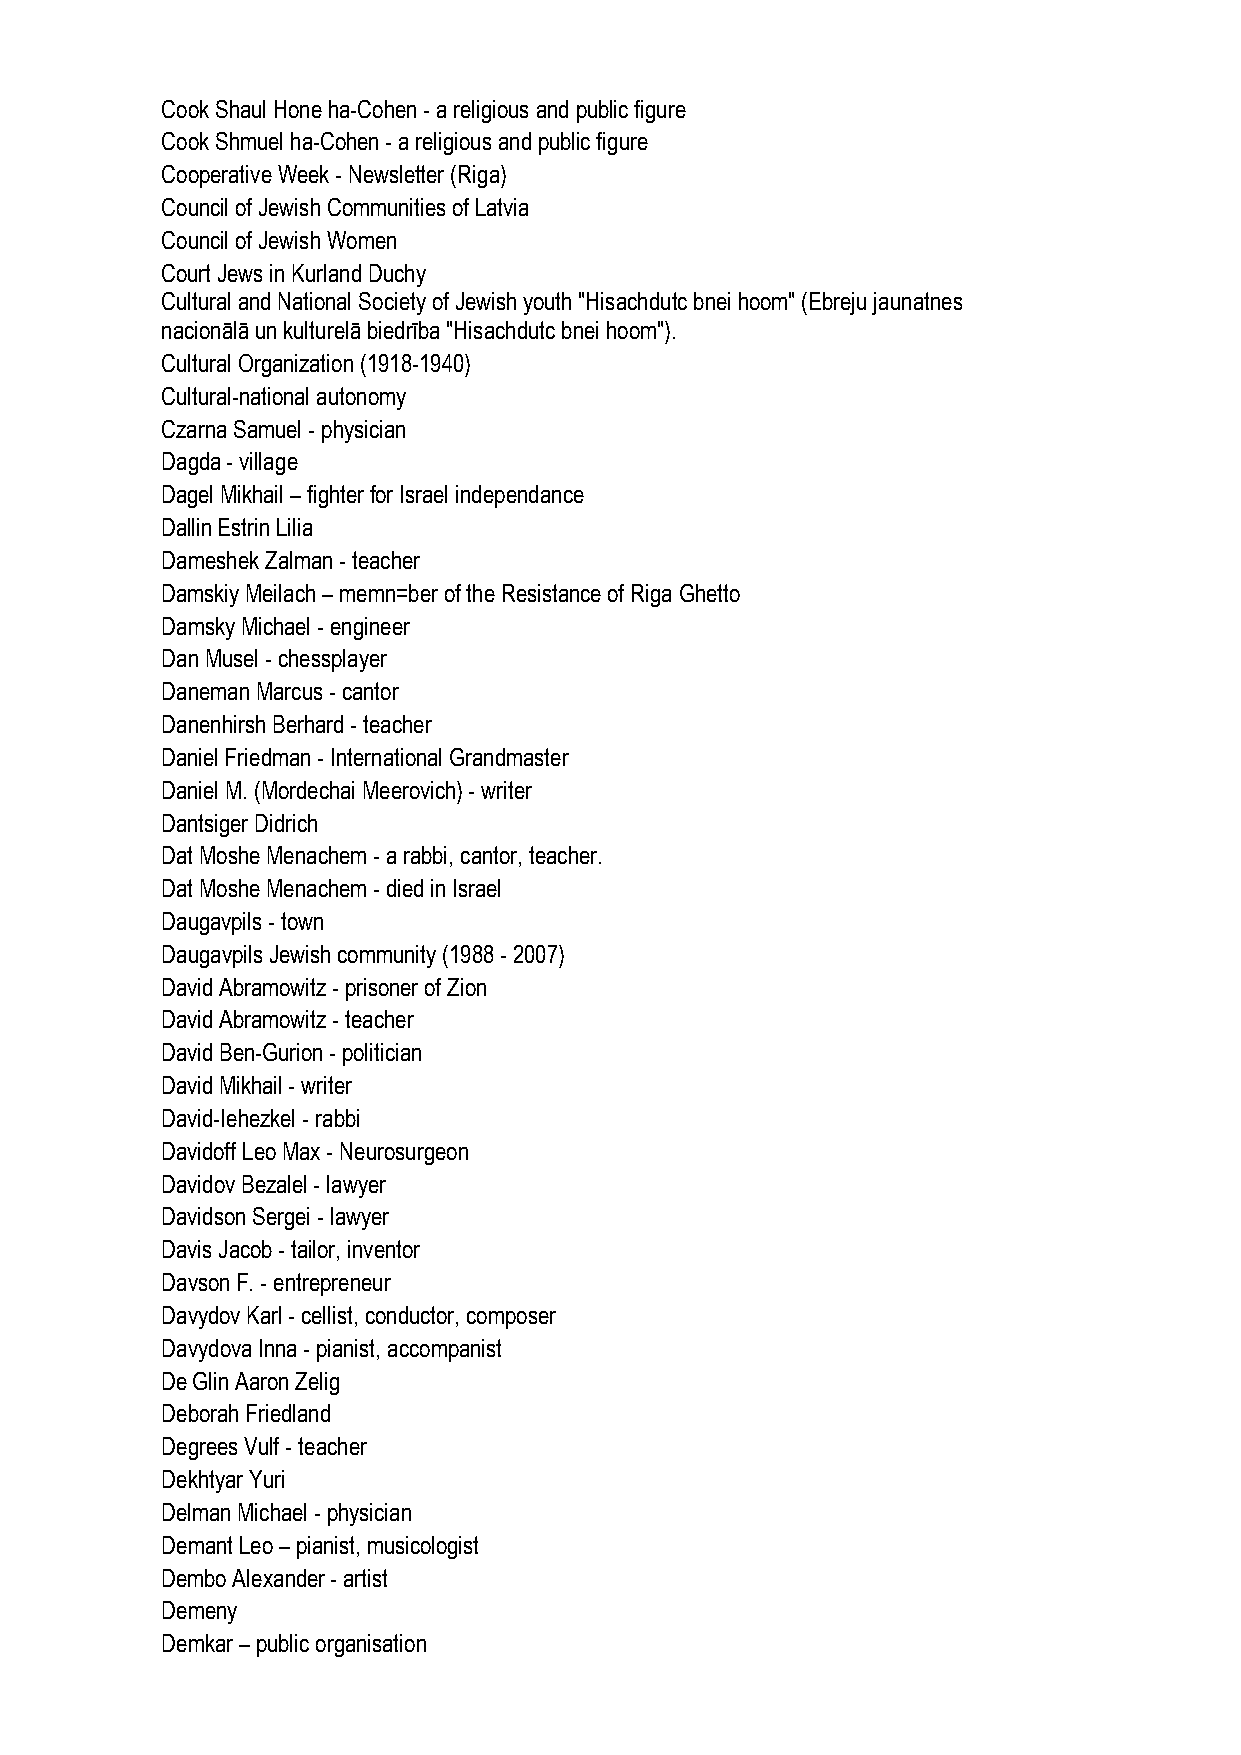
Cook Shaul Hone ha-Cohen - a religious and public figure
 Cook Shmuel ha-Cohen - a religious and public figure
 Cooperative Week - Newsletter (Riga)
 Council of Jewish Communities of Latvia
 Council of Jewish Women
 Court Jews in Kurland Duchy
 Cultural and National Society of Jewish youth "Hisachdutc bnei hoom" (Ebreju jaunatnes
 nacionālā un kulturelā biedrība "Hisachdutc bnei hoom").
 Cultural Organization (1918-1940)
 Cultural-national autonomy
 Czarna Samuel - physician
 Dagda - village
 Dagel Mikhail – fighter for Israel independance
 Dallin Estrin Lilia
 Dameshek Zalman - teacher
 Damskiy Meilach – memn=ber of the Resistance of Riga Ghetto
 Damsky Michael - engineer
 Dan Musel - chessplayer
 Daneman Marcus - cantor
 Danenhirsh Berhard - teacher
 Daniel Friedman - International Grandmaster
 Daniel M. (Mordechai Meerovich) - writer
 Dantsiger Didrich
 Dat Moshe Menachem - a rabbi, cantor, teacher.
 Dat Moshe Menachem - died in Israel
 Daugavpils - town
 Daugavpils Jewish community (1988 - 2007)
 David Abramowitz - prisoner of Zion
 David Abramowitz - teacher
 David Ben-Gurion - politician
 David Mikhail - writer
 David-Iehezkel - rabbi
 Davidoff Leo Max - Neurosurgeon
 Davidov Bezalel - lawyer
 Davidson Sergei - lawyer
 Davis Jacob - tailor, inventor
 Davson F. - entrepreneur
 Davydov Karl - cellist, conductor, composer
 Davydova Inna - pianist, accompanist
 De Glin Aaron Zelig
 Deborah Friedland
 Degrees Vulf - teacher
 Dekhtyar Yuri
 Delman Michael - physician
 Demant Leo – pianist, musicologist
 Dembo Alexander - artist
 Demeny
 Demkar – public organisation